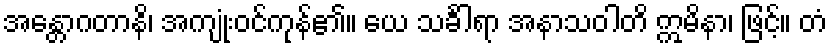
အန္တောဂတာနိ၊ အကျုံးဝင်ကုန်၏။ ယေ သင်္ခါရာ အနာသဝါတိ ဣမိနာ၊ ဖြင့်။ တံ